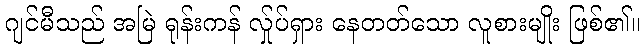
ဂျင်မီသည် အမြဲ ရုန်းကန် လ်ှုပ်ရှား နေတတ်သော လူစားမျိုး ဖြစ်၏။